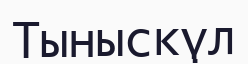
Тыныскүл